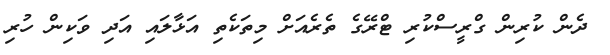
ދެން ކުރިން ގްރީސްކުރި ޓްރޭގެ ތެރެއަށް މިތަކެތި އަޅާލައި އަދި ވަކިން ހުރި